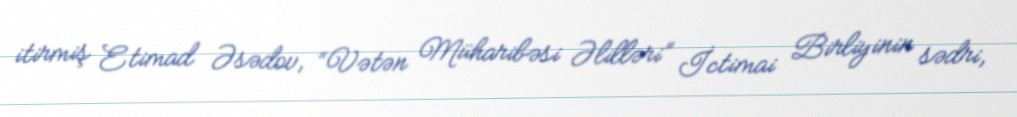
itirmiş Etimad Əsədov, “Vətən Müharibəsi Əlilləri” İctimai Birliyinin sədri,